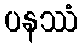
ပနဿံ